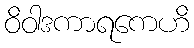
ဝိဝါဒကာရကေဟိ